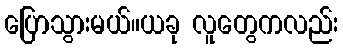
ပြောသွားမယ်။ယခု လူတွေကလည်း